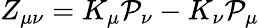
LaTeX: Z_{\mu\nu}=K_{\mu}\mathcal{P}_{\nu}-K_{\nu}\mathcal{P}_{\mu}